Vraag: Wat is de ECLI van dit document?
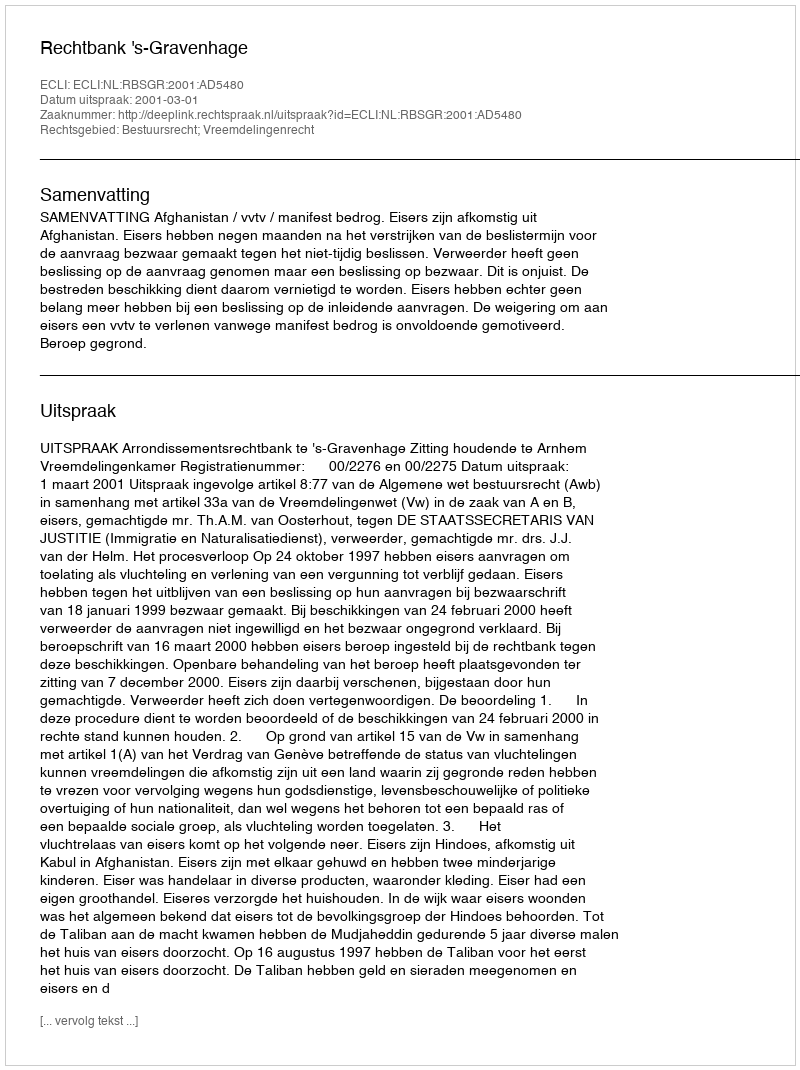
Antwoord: ECLI:NL:RBSGR:2001:AD5480